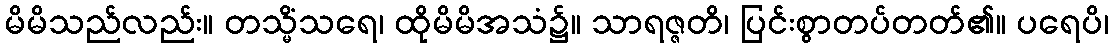
မိမိသည်လည်း။ တသ္မိံသရေ၊ ထိုမိမိအသံ၌။ သာရဇ္ဇတိ၊ ပြင်းစွာတပ်တတ်၏။ ပရေပိ၊